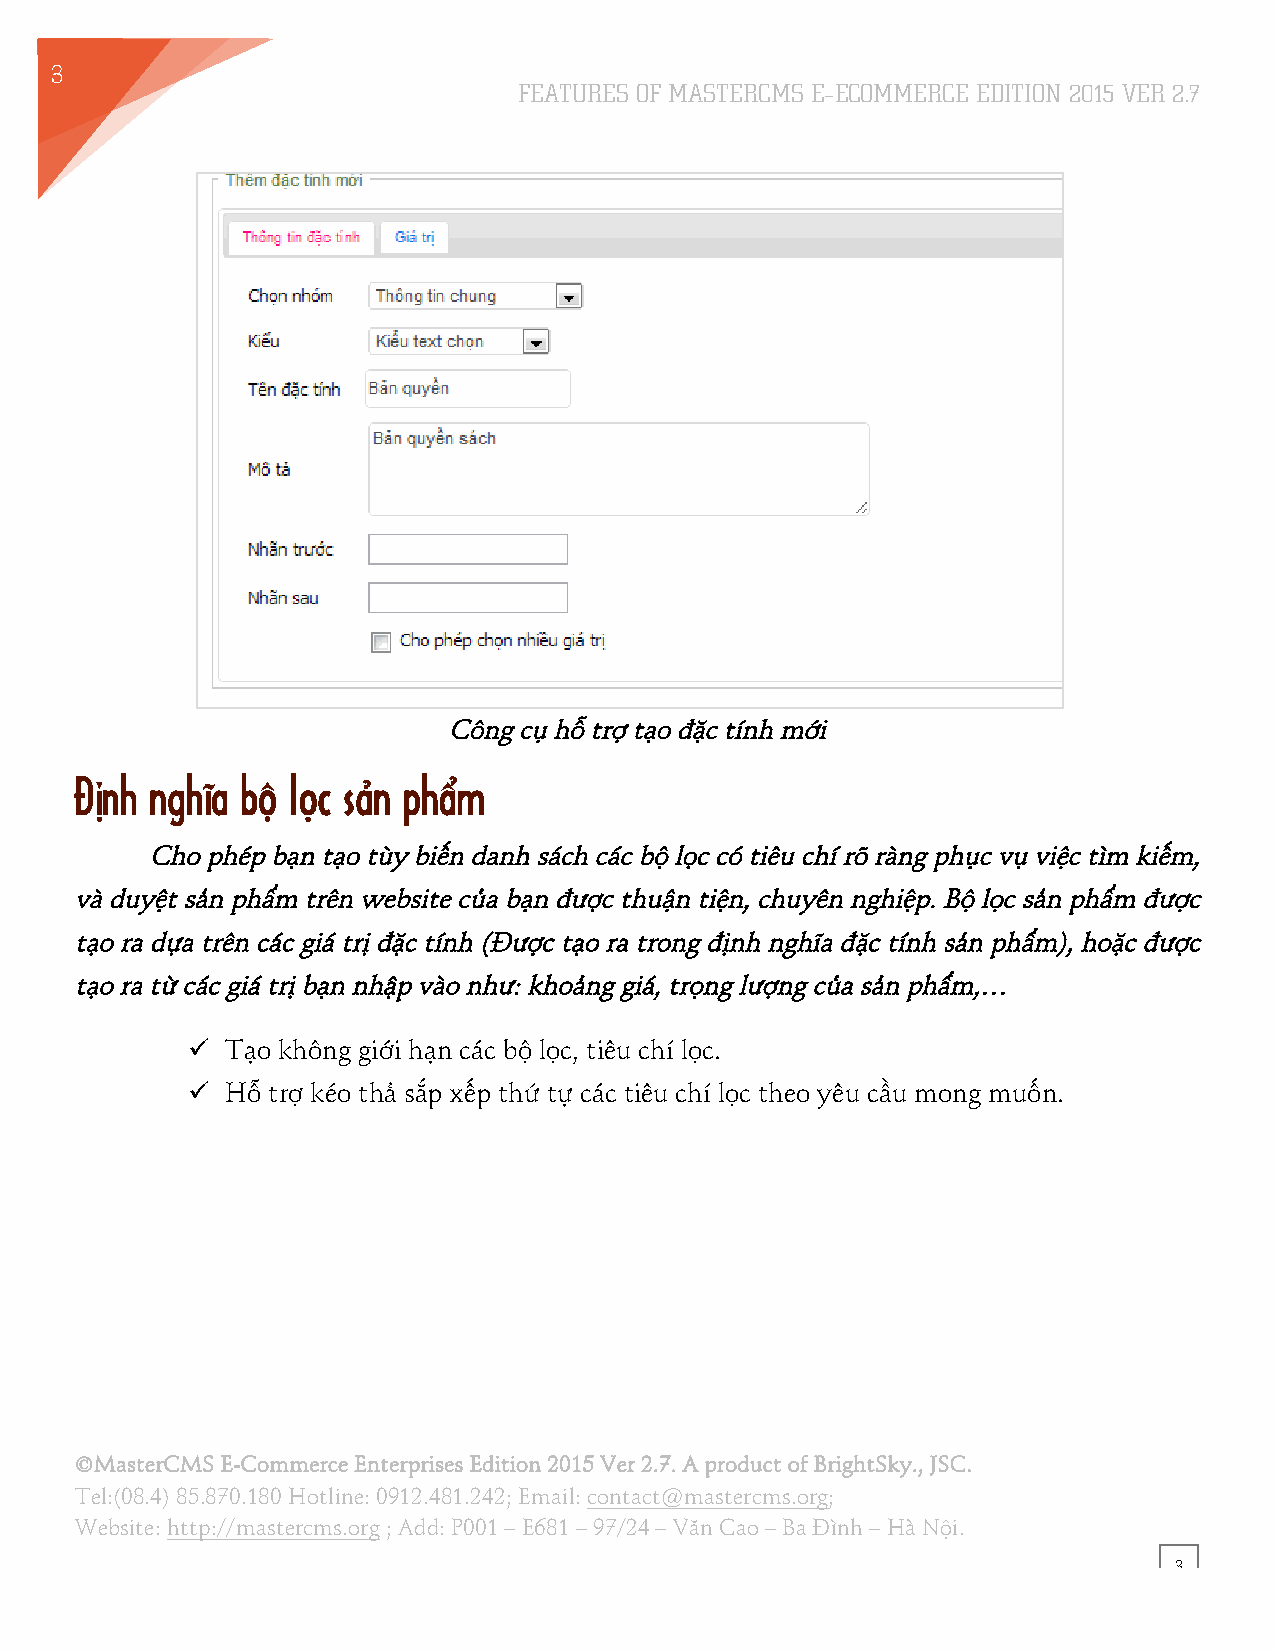
3
 FEATURES OF MASTERCMS E–ECOMMERCE EDITION 2015 VER 2.7
 1
 Công cụ hỗ trợ tạo đặc tính mới
 Định nghĩa bộ lọc sản phẩm
 Cho phép bạn tạo tùy biến danh sách các bộ lọc có tiêu chí rõ ràng phục vụ việc tìm kiếm,
 và duyệt sản phẩm trên website của bạn được thuận tiện, chuyên nghiệp. Bộ lọc sản phẩm được
 tạo ra dựa trên các giá trị đặc tính (Được tạo ra trong định nghĩa đặc tính sản phẩm), hoặc được
 tạo ra từ các giá trị bạn nhập vào như: khoảng giá, trọng lượng của sản phẩm,…
 !! Tạo không giới hạn các bộ lọc, tiêu chí lọc.
 !! Hỗ trợ kéo thả sắp xếp thứ tự các tiêu chí lọc theo yêu cầu mong muốn.
 ©MasterCMS E-Commerce Enterprises Edition 2015 Ver 2.7. A product of BrightSky., JSC.
 Tel:(08.4) 85.870.180 Hotline: 0912.481.242; Email: contact@mastercms.org;
 Website: http://mastercms.org ; Add: P001 – E681 – 97/24 – Văn Cao – Ba Đình – Hà Nội.
 3